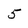
Character: 5